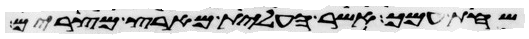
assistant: שחת עמך אשר העלית מארץ מצרים